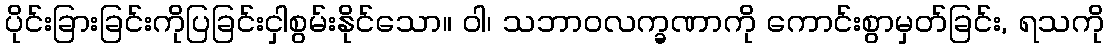
ပိုင်းခြားခြင်းကိုပြခြင်းငှါစွမ်းနိုင်သော။ ဝါ၊ သဘာဝလက္ခဏာကို ကောင်းစွာမှတ်ခြင်း, ရသကို